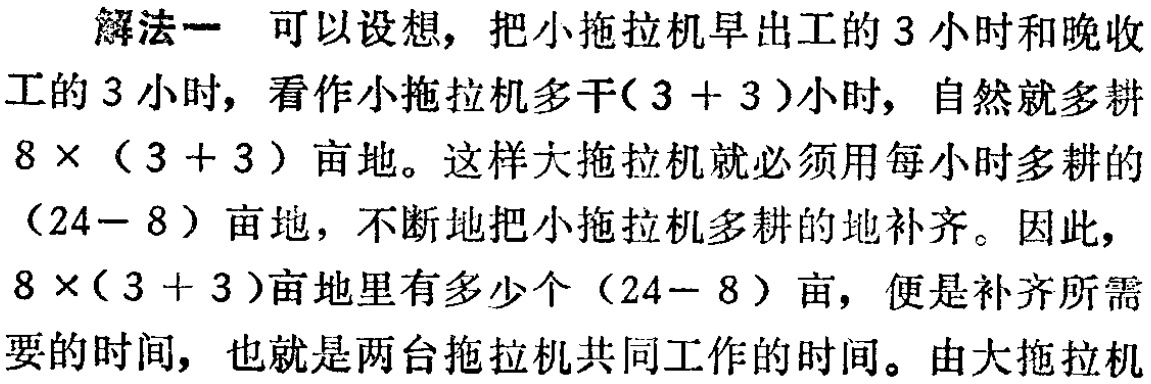
解法一 可以设想，把小拖拉机早出工的3小时和晚收工的3小时，看作小拖拉机多干\((3 + 3)\)小时，自然就多耕\(8\times(3 + 3)\)亩地。这样大拖拉机就必须用每小时多耕的\((24 - 8)\)亩地，不断地把小拖拉机多耕的地补齐。因此，\(8\times(3 + 3)\)亩地里有多少个\((24 - 8)\)亩，便是补齐所需要的时间，也就是两台拖拉机共同工作的时间。由大拖拉机